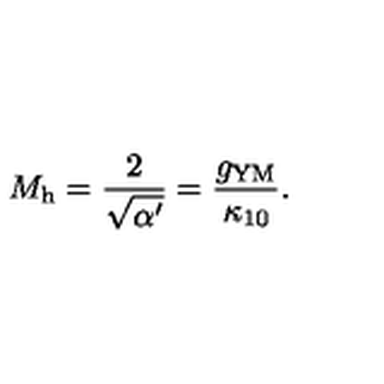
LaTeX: M _ { \mathrm { h } } = \frac { 2 } { \sqrt { \alpha ^ { \prime } } } = \frac { g _ { \mathrm { Y M } } } { \kappa _ { 1 0 } } .